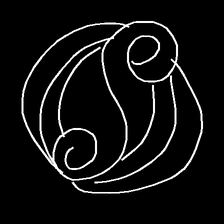
Glyph: wind-underfoot